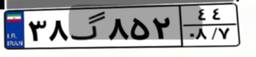
۶۵گ۲۰۷۹۴